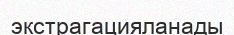
экстрагацияланады